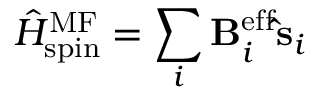
\hat { H } _ { \mathrm { s p i n } } ^ { \mathrm { M F } } = \sum _ { i } { \bf B } _ { i } ^ { \mathrm { e f f } } { \bf \hat { s } } _ { i }